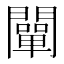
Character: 闡